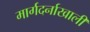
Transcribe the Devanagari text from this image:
मार्गदर्नाखाली